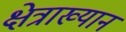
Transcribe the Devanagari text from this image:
क्षेत्राख्यान